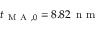
t _ { \mathrm { ~ M ~ A ~ } , 0 } = 8 . 8 2 \, \mathrm { ~ n ~ m ~ }